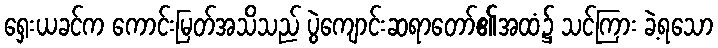
ရှေးယခင်က ကောင်းမြတ်အသိသည် ပွဲကျောင်းဆရာတော်၏အထံ၌ သင်ကြား ခဲ့ရသော